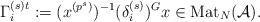
LaTeX: \begin{align*}\Gamma_i^{(s)t}:=(x^{(p^s)})^{-1} (\delta_i^{(s)})^G x \in \textup{Mat}_N(\mathcal A).\end{align*}